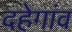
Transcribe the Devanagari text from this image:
दहेगांव